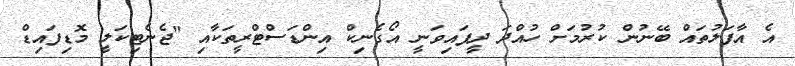
އެ އާފަލުތައް ބޭނުން ކުރުމަށް ހުއްދަ ދީފައިވަނީ އޯގެނިކް އިންޑަސްޓްރީތަކާއި "ޖެނެޓިކަލީ މޮޑިފައިޑް